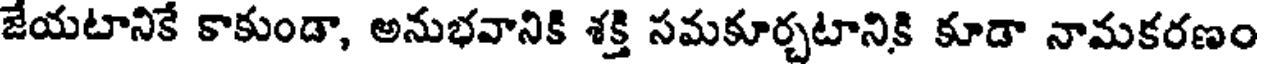
జేయటానికే కాకుండా, అనుభవానికి శక్తి సమకూర్చటానికి కూడా నామకరణం